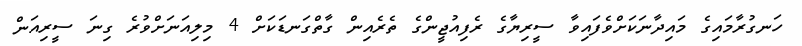
ހަނގުރާމައިގެ މައިދާނަކަށްވެފައިވާ ސީރިޔާގެ ރެފިއުޖީންގެ ތެރެއިން ގާތްގަނޑަކަށް 4 މިލިއަނަށްވުރެ ގިނަ ސީރިއަން